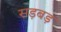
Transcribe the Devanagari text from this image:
सड़बड़